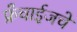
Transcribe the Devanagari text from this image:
फ्रँचाईजचे